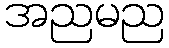
အညမည